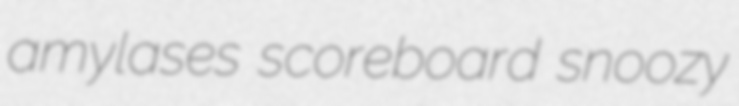
amylases scoreboard snoozy